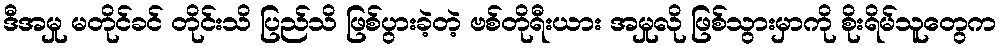
ဒီအမှု မတိုင်ခင် တိုင်းသိ ပြည်သိ ဖြစ်ပွားခဲ့တဲ့ ဗစ်တိုရီးယား အမှုလို ဖြစ်သွားမှာကို စိုးရိမ်သူတွေက